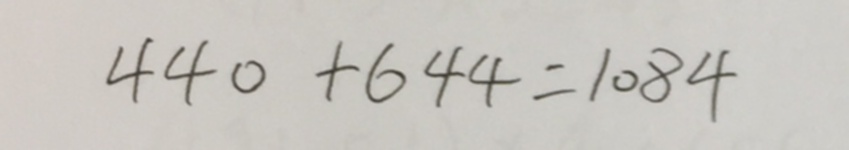
4 4 0 + 6 4 4 = 1 0 8 4